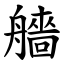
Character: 艢